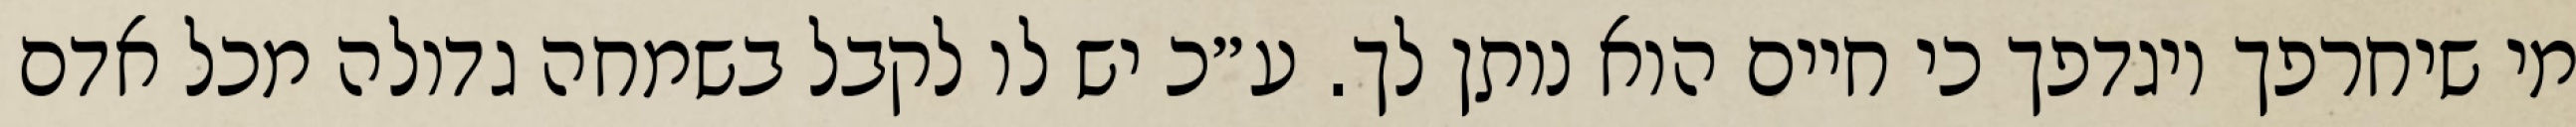
מי שיחרפך ויגדפך כי חיים הוא נותן לך. ע״כ יש לו לקבל בשמחה גדולה מכל אדם